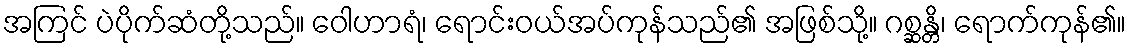
အကြင် ပဲပိုက်ဆံတို့သည်။ ဝေါဟာရံ၊ ရောင်းဝယ်အပ်ကုန်သည်၏ အဖြစ်သို့။ ဂစ္ဆန္တိ၊ ရောက်ကုန်၏။